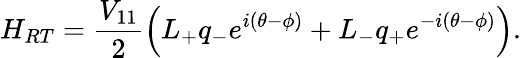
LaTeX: H_{RT}=\frac{V_{11}}{2}\left(L_{+}q_{-}e^{i(\theta-\phi)}+L_{-}q_{+}e^{-i(\theta-\phi)}\right).